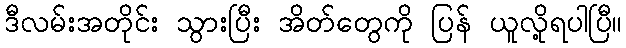
ဒီလမ်းအတိုင်း သွားပြီး အိတ်တွေကို ပြန် ယူလို့ရပါပြီ။